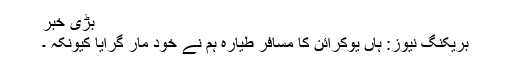
بڑی خبر
بریکنگ نیوز: ہاں یوکرائن کا مسافر طیارہ ہم نے خود مار گرایا کیونکہ ۔